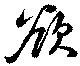
欲